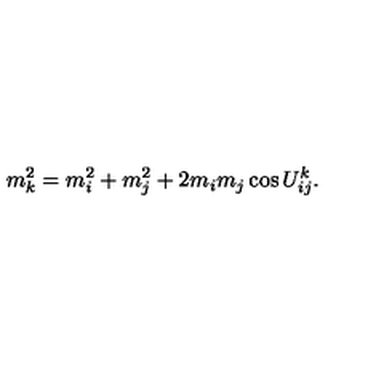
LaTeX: m _ { k } ^ { 2 } = m _ { i } ^ { 2 } + m _ { j } ^ { 2 } + 2 m _ { i } m _ { j } \cos U _ { i j } ^ { k } .